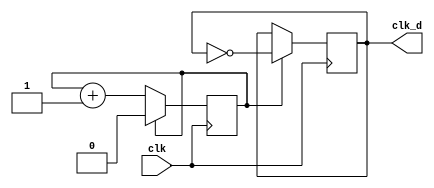
module clk_div(clk_d,clk);
  input clk;
  output clk_d;
  reg clk_d;
  parameter div = 1;
  reg count;
  
  initial
    begin
      count = 0;
      clk_d = 0;
    end
  
  always @ (posedge clk)
  begin
    if (count == div)
      count <= 0;
    else
      count <= count + 1;
  end
  
  always @ (posedge clk)
  begin
    if (count == div)
      clk_d = ~clk_d;
  end
  
endmodule